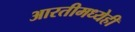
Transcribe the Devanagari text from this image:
आरतीमध्येही